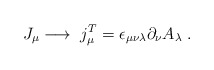
\begin{align*}\,J_\mu \longrightarrow \;j_\mu^T =\epsilon_{\mu \nu \lambda}\partial_\nu A_\lambda \;.\end{align*}